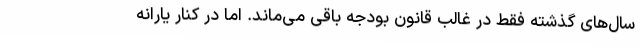
سال‌های گذشته فقط در غالب قانون بودجه باقی می‌ماند. اما در کنار یارانه